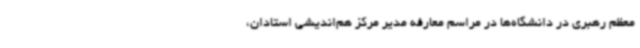
معظم رهبری در دانشگاه‌ها در مراسم معارفه مدیر مرکز هم‌اندیشی استادان،